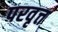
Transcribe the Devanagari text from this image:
परवृत्त